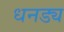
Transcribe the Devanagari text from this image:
धनड्य